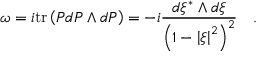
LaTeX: \omega = i \mathrm { t r } \left( { P d P \wedge d P } \right) = - i { \frac { d \xi ^ { * } \wedge d \xi } { \left( { 1 - \left| \xi \right| ^ { 2 } } \right) ^ { 2 } } } \quad .